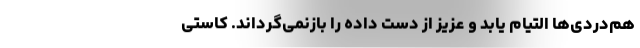
هم‌دردی‌ها التیام یابد و عزیز از دست داده را بازنمی‌گرداند. کاستی